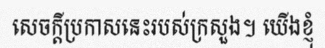
សេចក្តីប្រកាសនេះរបស់ក្រសួង។ យើងខ្ញុំ